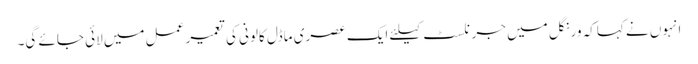
انہوں نے کہاکہ ورنگل میں جرنلسٹ کیلئے ایک عصری ماڈل کالونی کی تعمیر عمل میں لائی جائے گی۔